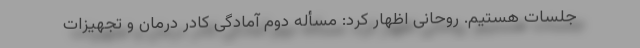
جلسات هستیم. روحانی اظهار کرد: مسأله دوم آمادگی کادر درمان و تجهیزات